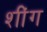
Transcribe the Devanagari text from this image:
शींग